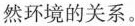
然环境的关系。